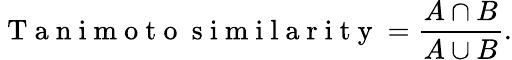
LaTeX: \mathrm{~T~a~n~i~m~o~t~o~\ s~i~m~i~l~a~r~i~t~y~}=\frac{A\cap B}{A\cup B}.